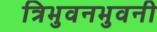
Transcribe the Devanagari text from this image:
त्रिभुवनभुवनी